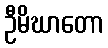
ဦမိဃာတော